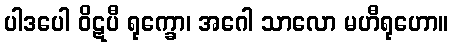
ပါဒပေါ ဝိဋပီ ရုက္ခော၊ အဂေါ သာလော မဟီရုဟော။